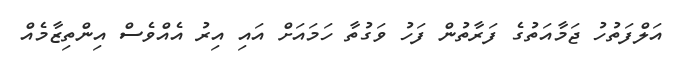
އަލްފަތުހު ޖަމާއަތުގެ ފަރާތުން ފަހު ވަގުތާ ހަމައަށް އައި އިރު އެއްވެސް އިންތިޒާމެއް